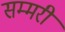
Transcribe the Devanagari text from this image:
सम्मरी